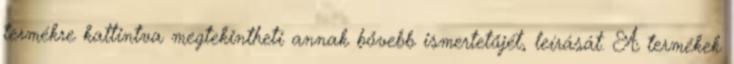
termékre kattintva megtekintheti annak bővebb ismertetőjét, leírását. A termékek